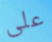
على